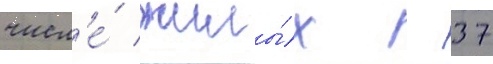
числ'е́ жилы́х - 37